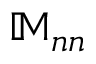
{ \mathbb M } _ { n n }